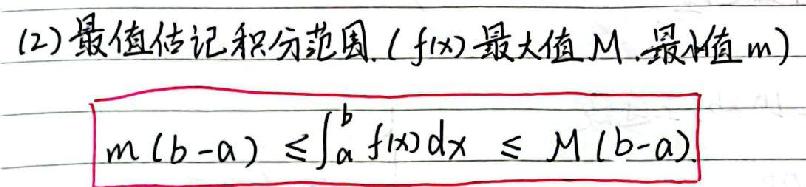
(2)最值估计积分范围. ($f(x)$最大值$M$,最小值$m$)
$m(b - a) \leq \int_{a}^{b} f(x)dx \leq M(b - a)$